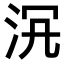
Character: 𣳞